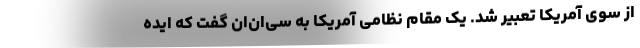
از سوی آمریکا تعبیر شد. یک مقام نظامی آمریکا به سی‌ان‌ان گفت که ایده